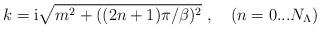
LaTeX: \begin{align*}k= {\rm i} \sqrt{m^2+((2n+1)\pi/\beta)^2}\ , \quad (n=0...N_{\Lambda})\end{align*}